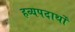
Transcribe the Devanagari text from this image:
हव्यपदार्थों